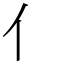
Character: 亻